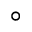
^ \circ